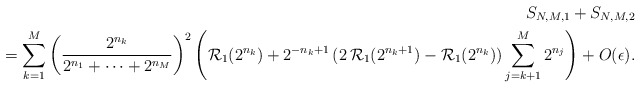
\begin{align*}S_{N,M,1}+S_{N,M,2}\\=\sum_{k=1}^{M}\left(\frac{2^{n_{k}}}{2^{n_{1}}+\cdots+2^{n_{M}}}\right)^2\left(\mathcal{R}_{1}(2^{n_{k}})+2^{-n_{k}+1}\,(2\,\mathcal{R}_{1}(2^{n_{k}+1})-\mathcal{R}_{1}(2^{n_{k}})) \sum_{j=k+1}^{M}2^{n_{j}}\right)+O(\epsilon).\end{align*}